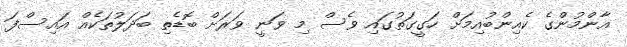
އާންމުންގެ ކެއިންބުއިމަށް ހަގީގަތުގައި ވެސް މި ވަނީ ވަރަށް ބޮޑެތި ބަދަލުތަކެއް އައިސްފަ